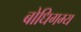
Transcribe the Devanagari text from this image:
बोधिगम्य